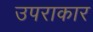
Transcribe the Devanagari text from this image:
उपराकार